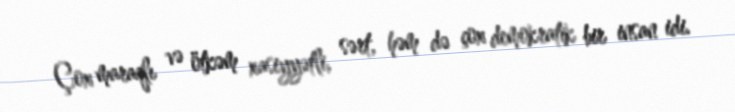
Çox maraqlı və ötkəm xasiyyətli, sərt, həm də çox demokratik bir insan idi.